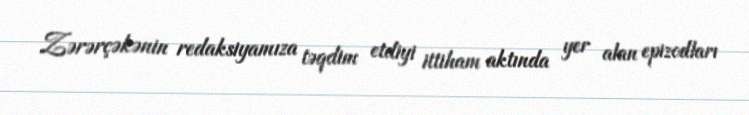
Zərərçəkənin redaksiyamıza təqdim etdiyi ittiham aktında yer alan epizodları